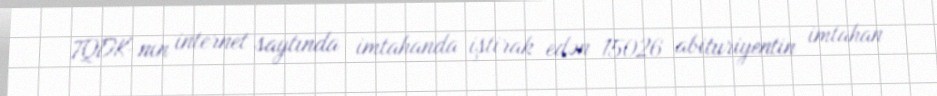
TQDK-nın internet saytında imtahanda iştirak edən 15026 abituriyentin imtahan